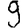
Digit: 9